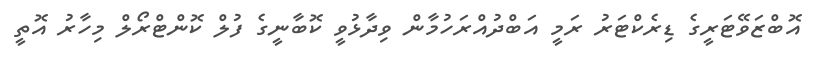
އޮބްޒަވޭޓަރީގެ ޑިރެކްޓަރު ރަމީ އަބްދުއްރަހުމާން ވިދާޅުވީ ކޮބާނީގެ ފުލް ކޮންޓްރޯލް މިހާރު އޮތީ